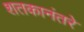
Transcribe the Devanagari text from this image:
शतकानंतरे